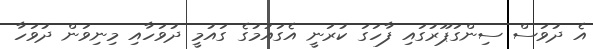
އެ ދުވަސް ސިންގަޕޫރުގައި ފާހަގަ ކުރަނީ އެގައުމުގެ ގައުމީ ދުވަހާއި މިނިވަން ދުވަހާ